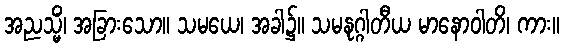
အညသ္မိံ၊ အခြားသော။ သမယေ၊ အခါ၌။ သမနုဂ္ဂါတီယ မာနောဝါတိ၊ ကား။